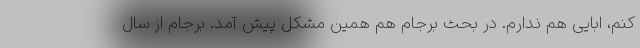
کنم، ابایی هم ندارم. در بحث برجام هم همین مشکل پیش آمد. برجام از سال